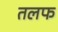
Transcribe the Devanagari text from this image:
तलफ